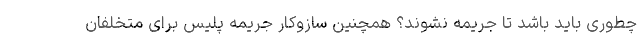
چطوری باید باشد تا جریمه نشوند؟ همچنین سازوکار جریمه پلیس برای متخلفان